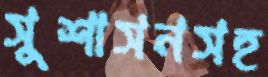
সুশাসনসহ